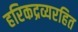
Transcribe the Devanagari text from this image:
हरिकद्रव्यरहित